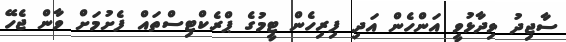
ސާޖިދު ވިދާޅުވީ އަންހެން އަދި ފިރިހެން ޓީމުގެ ޕްރެކްޓިސްތައް ފެށުމަށް ވާން ޖެހޭ